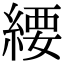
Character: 䌁